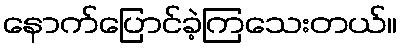
နောက်ပြောင်ခဲ့ကြသေးတယ်။